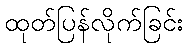
ထုတ်ပြန်လိုက်ခြင်း